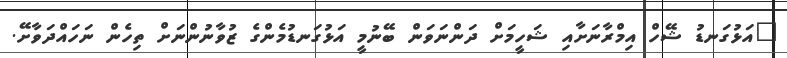
"އަޅުގަނޑު ޝޭހް އިމްރާނަށާއި ޝަހީމަށް ދަންނަވަން ބޭނުމީ އަޅުގަނޑުމެންގެ ޒުވާނުންނަށް ތިހެން ނަހައްދަވާށޭ.